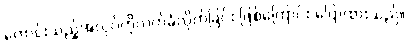
ကောင်းသည့်အလုပ်ကိုလက်ခံလိုက်ခြင်း ဖြစ်ကြောင်း ပြောထားသည်။